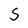
Character: S